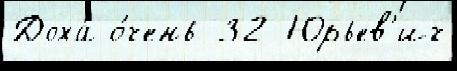
Доха́ о́чень 32 Юрьев'ич